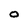
Character: 0